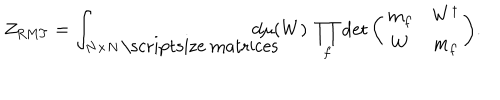
LaTeX: Z _ { \mathrm { R M T } } = \int _ { N \times N \, \mathrm { \scriptsize ~ m a t r i c e s } } \! \! \! \! \! \! \! \! \! \! d \mu ( W ) \ \prod _ { f } \det { \left( \begin{array} { c c } { { m _ { f } } } & { { W ^ { \dagger } } } \\ { { W } } & { { m _ { f } } } \\ \end{array} \right) } .